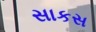
સાકસ